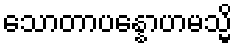
သောတာပန္နောဟမသ္မိ